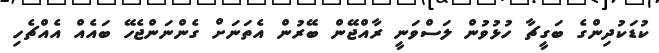
ކުޑަކުދިންގެ ބަގީޗާ ހުޅުވުން ލަސްވަނީ ރާއްޖޭން ބޭރުން އެތަނަށް ގެންނަންޖެހޭ ބައެއް އެއްޗެހި